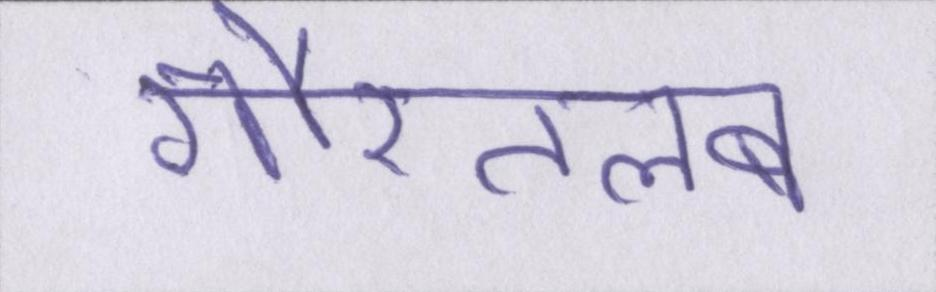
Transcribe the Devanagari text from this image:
गौरतलब